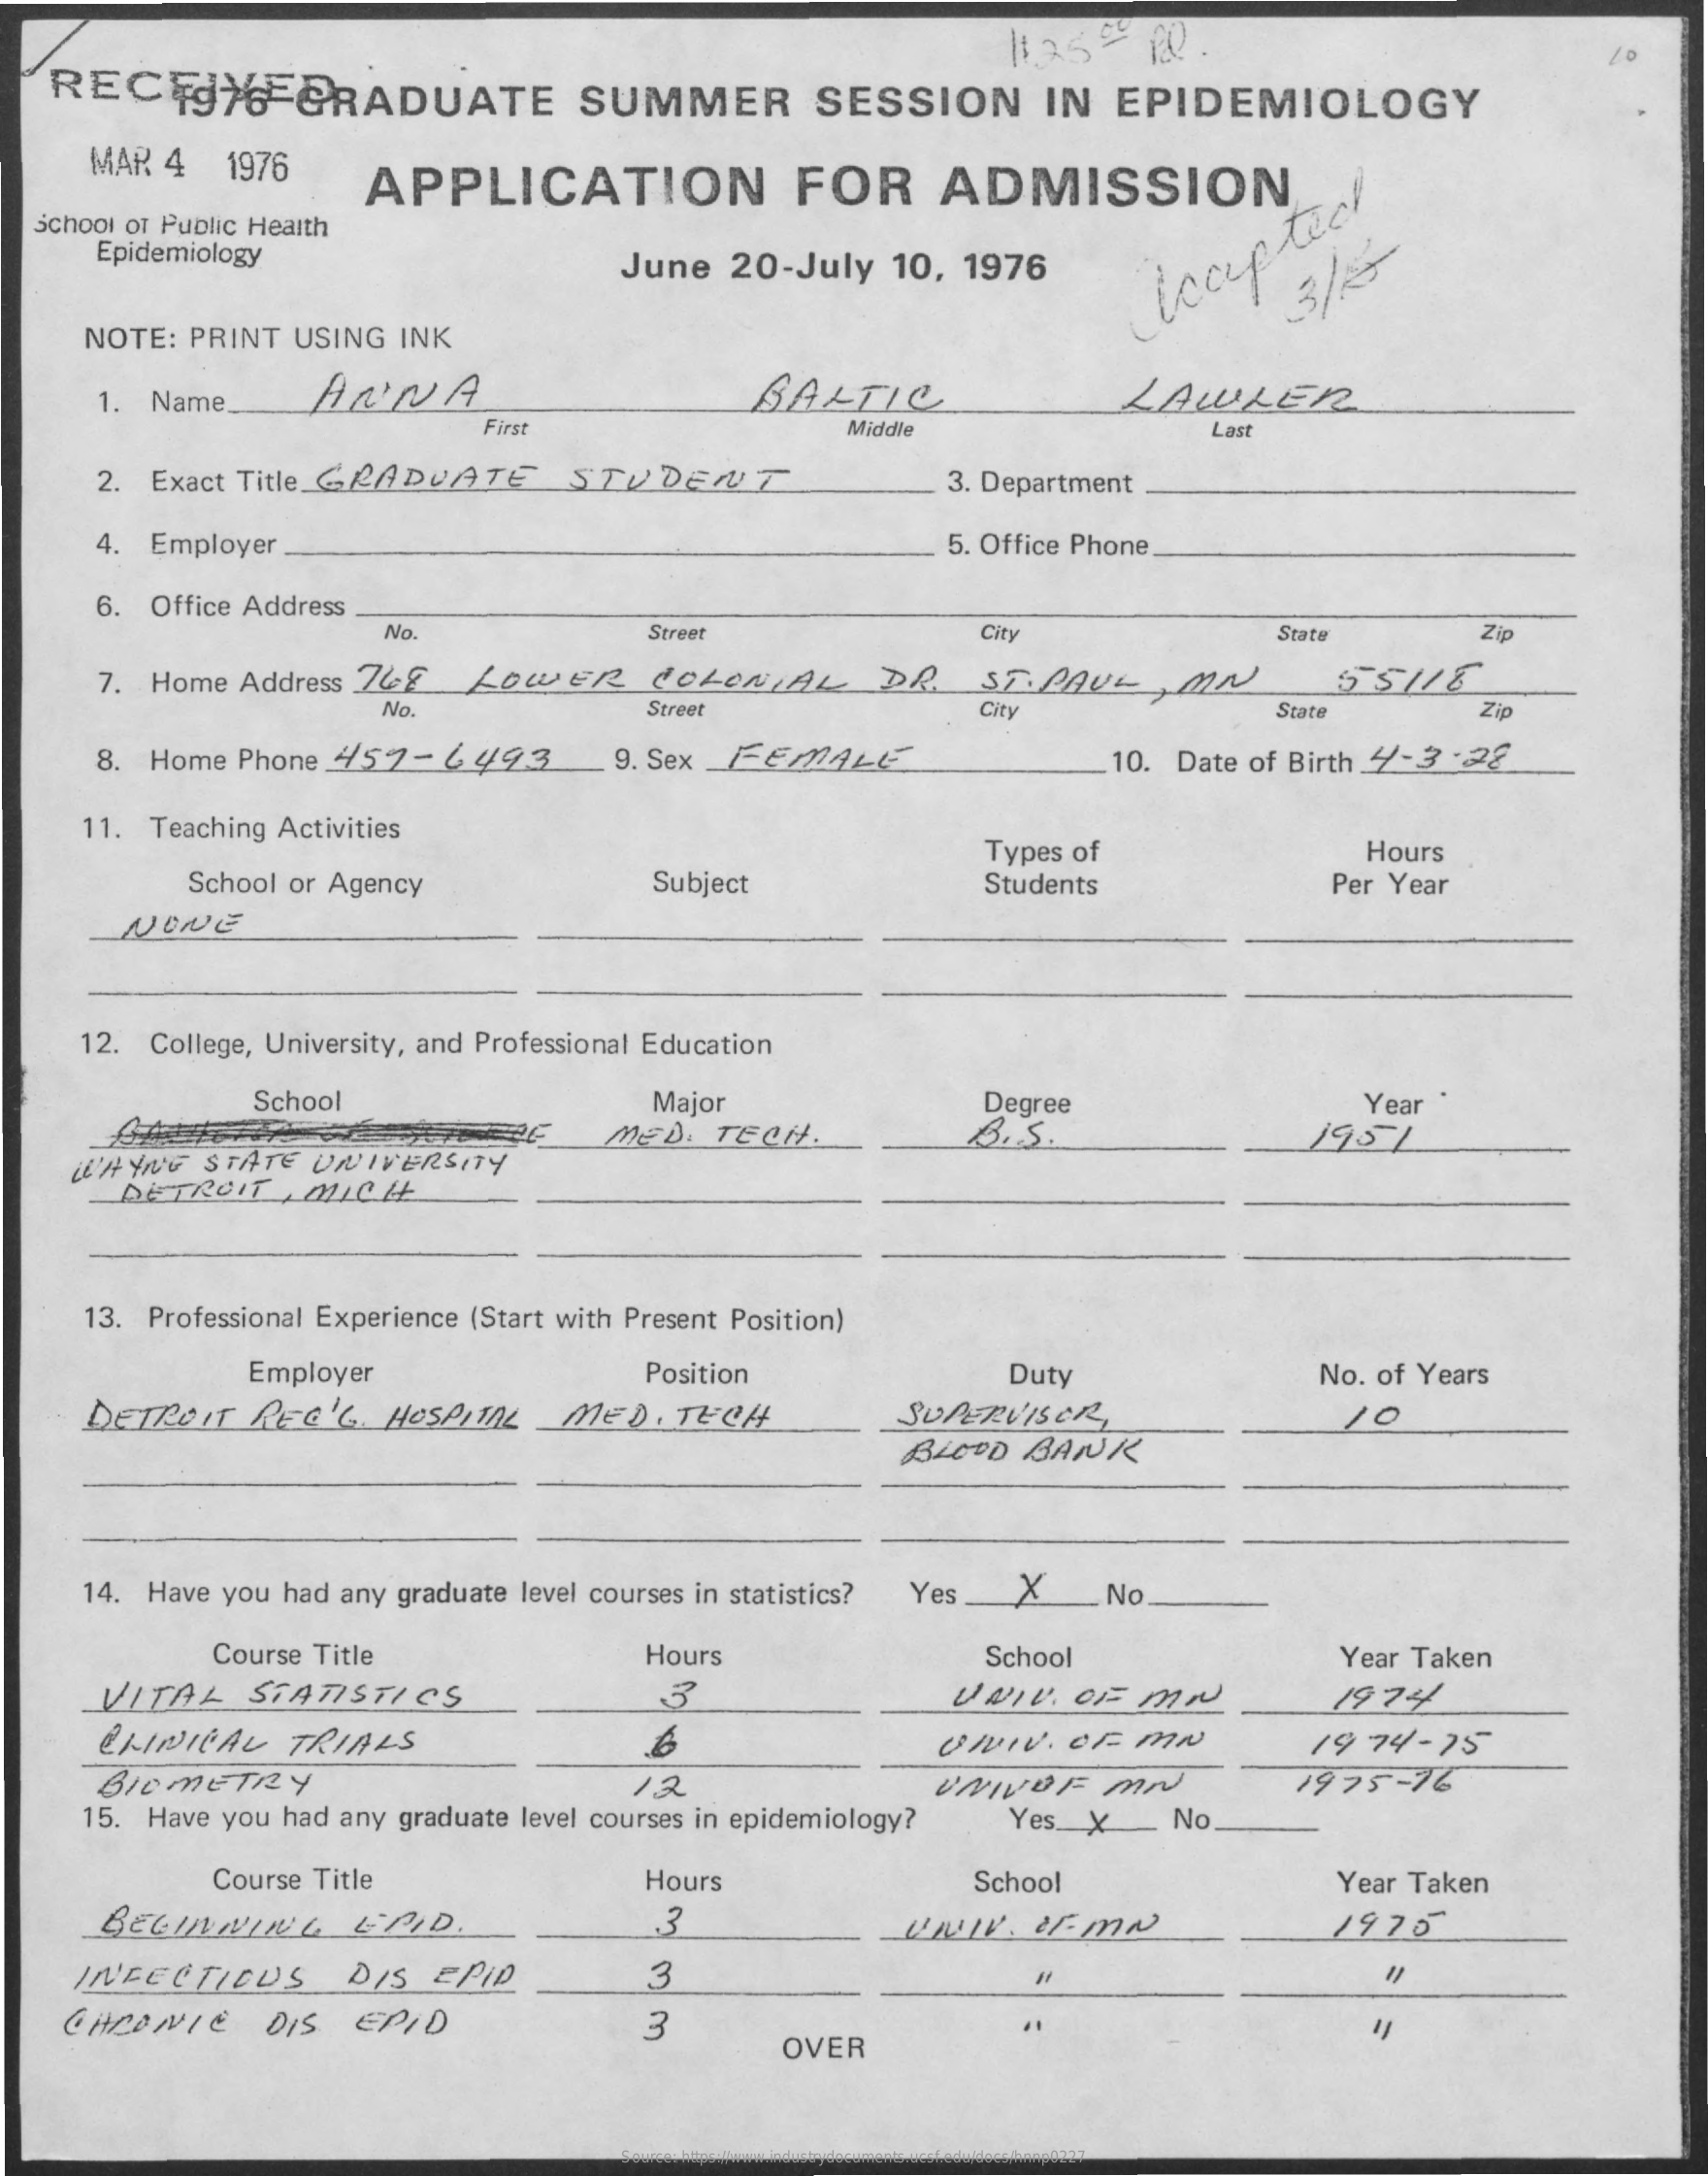
RECEYGEGRADUATE    SUMMER    SESSION    IN    EPIDEMIOLOGY
     1125    #    RQ.
     MAR    4    1976    APPLICATION    FOR    ADMISSION
    School    of   Public    Health
     Epidemiology    June    20-July    10,    1976    Accepted
     NOTE:    PRINT    USING    INK
     1.    Name_    ANNA    BALTIC    LAWLER
     First    Middle    Last
     2.    Exact    Title    GRADUATE    STUDENT    3. Department
     4.    Employer    5.  Office    Phone
     6.    Office    Address
     No.    Street    City    State    Zip
     7.    Home    Address    Z68    LowER    COLONIAL    DR    ST.PAUL    ,MA
     No.    Street    City    State    Zip
     8.    Home    Phone    452-    6493    _    9.  Sex    FEMALE    10.    Date    of  Birth    4/-3    :28
     11.    Teaching    Activities
     Hours
     School    or   Agency
     Types    of
     Subject    Students    Per    Year
     NONE
     12.    College,    University,    and    Professional    Education
     School    Major    Degree    Year
     WAYNE    STATE    UNIVERSITY
     MED.    TECH.    1951
     DETROIT    MICH
     13.    Professional    Experience    (Start    with    Present    Position)
     Employer    Position    Duty    No.    of   Years
     DETROIT    REC'S    HOSPITAL    MED.    TECH    SUPERVISOR,    o
     BLOOD    BANK
     14.    Have    you    had    any    graduate    level    courses    in   statistics?    Yes    X    No
     Course    Title    Hours    School    Year    Taken
     VITAL    STATISTICS    UNIV.    OF    MN    19744
     CLINICAL    TRIALS    6    UNIV.    OF    MN    19    74-75
     BIO    METRY
     15.    Have    you    had    any    graduate    level   courses    in  epidemiology?
     /2    UNIVOF    MN    1975-76
     Yes    X_    No
     Course    Title    Hours    School    Year    Taken
     BEGINIL    &PID.    3    UNIV.    OF.   ma    1970
     INFECTIOUS    DIS    EPID    3
     CHRONIC    DIS    EPID    3
     OVER
     ..
     Source: https://www.industrydocuments.ucsf.edu/docs/hnnp0227